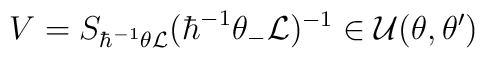
V=S_{\hbar^{-1}\theta{\cal L}}(\hbar^{-1}\theta_-{\cal L})^{-1}\in {\cal U}(\theta,\theta^\prime)